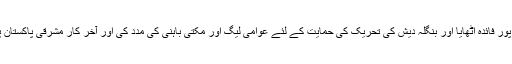
ہندوستان نے اس صورت حال کا بھر پور فائدہ اٹھایا اور بنگلہ دیش کی تحریک کی حمایت کے لئے عوامی لیگ اور مکتی باہنی کی مدد کی اور آخر کار مشرقی پاکستان پر حملہ کردیا اور ملک دو لخت ہوگیا۔